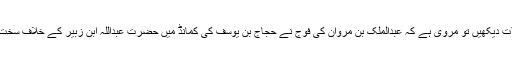
اس کے علاوہ اگر آپ تاریخِ اسلام کی کسی بھی کتاب میں واقعہ حرہ کے بعد کے حالات دیکھیں تو مروی ہے کہ عبدالملک بن مروان کی فوج نے حجاج بن یوسف کی کمانڈ میں حضرت عبداللہ ابن زبیر کے خلاف سخت ملٹری آپریشن کیا اور آپ کی لاش کو بعد از مرگ تین دن تک سولی پر لٹکائے رکھا۔